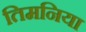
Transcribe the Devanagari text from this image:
तिमनिया